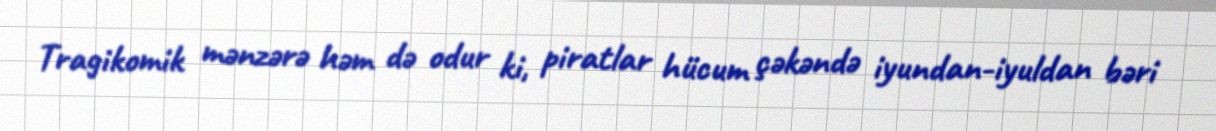
Tragikomik mənzərə həm də odur ki, piratlar hücum çəkəndə iyundan-iyuldan bəri